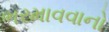
ભરમાવવાનો